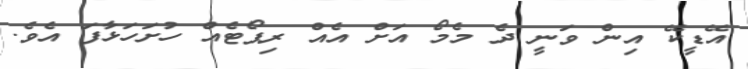
އޭޑީކޭ އިން ވަނީ ދެ މެމޯ އަށް އެއް ރިޕޯޓެއް ހުށަހަޅާފަ އެވެ.